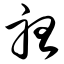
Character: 听